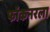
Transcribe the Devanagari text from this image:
फॉकनरला